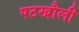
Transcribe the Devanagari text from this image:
पटखौली